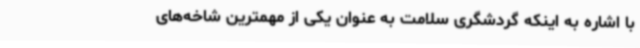
با اشاره به اینکه گردشگری سلامت به عنوان یکی از مهمترین شاخه‌های